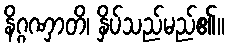
နိဂ္ဂဏှာတိ၊ နှိပ်သည်မည်၏။